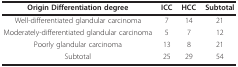
<table><thead><tr><td><b>Origin Differentiation degree</b></td><td><b>ICC</b></td><td><b>HCC</b></td><td><b>Subtotal</b></td></tr></thead><tbody><tr><td>Well-differentiated glandular carcinoma</td><td>7</td><td>14</td><td>21</td></tr><tr><td>Moderately-differentiated glandular carcinoma</td><td>5</td><td>7</td><td>12</td></tr><tr><td>Poorly glandular carcinoma</td><td>13</td><td>8</td><td>21</td></tr><tr><td>Subtotal</td><td>25</td><td>29</td><td>54</td></tr></tbody></table>